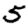
Digit: 5